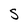
Character: S